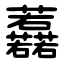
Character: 䖃